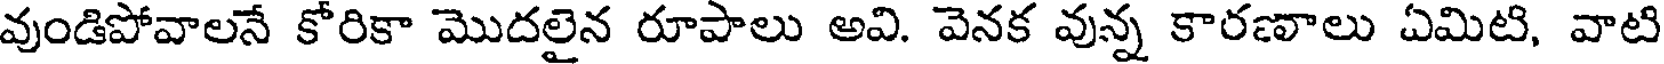
వుండిపోవాలనే కోరికా మొదలైన రూపాలు అవి. వెనక వున్న కారణాలు ఏమిటి, వాటి